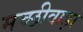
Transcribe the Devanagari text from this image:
मच्छीवाड़ा